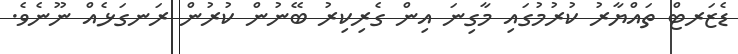
ޑެޒަރޓް ތައްޔާރު ކުރުމުގައި މާގިނަ އިން ގެރިކިރު ބޭނުން ކުރުން ރަނގަޅެއް ނޫނެވެ.